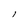
Character: I